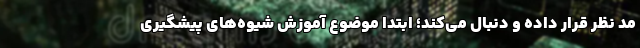
مد نظر قرار داده و دنبال می‌کند؛ ابتدا موضوع آموزش شیوه‌های پیشگیری